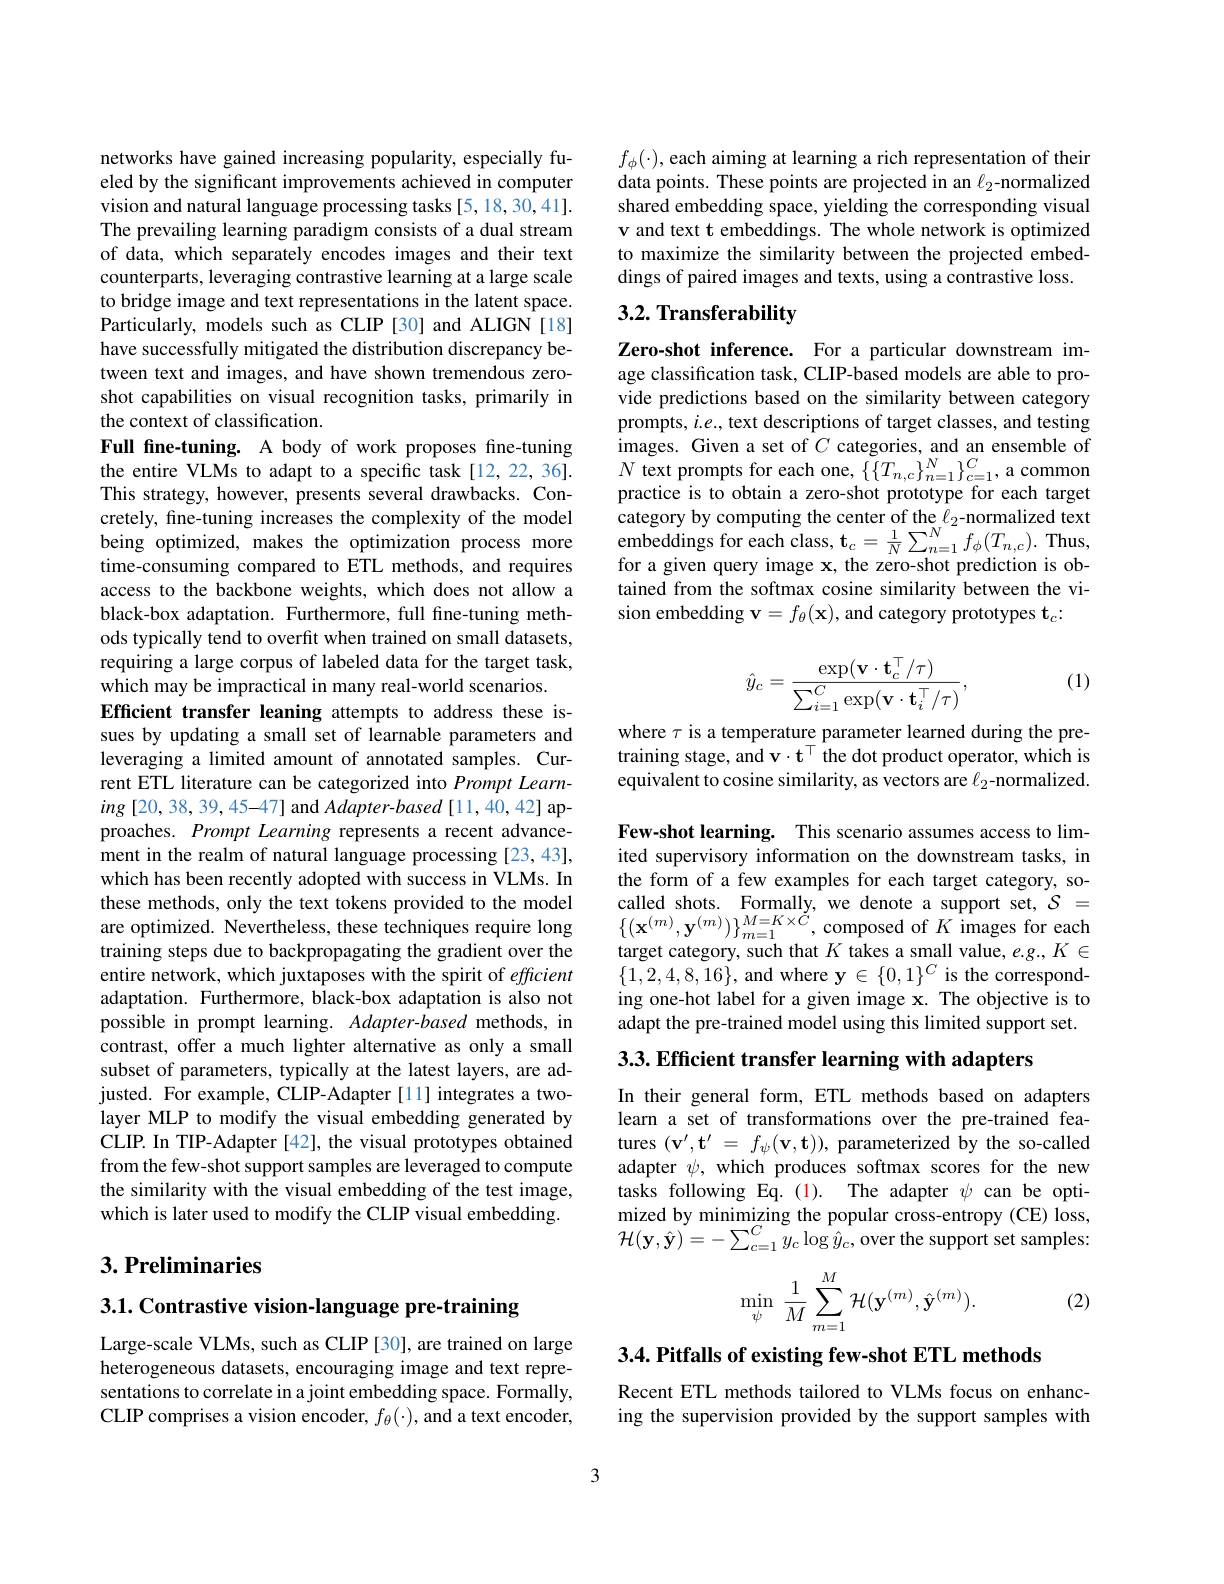
networks have gained increasing popularity, especially fueled by the significant improvements achieved in computer vision and natural language processing tasks [5,18,30,41]. The prevailing learning paradigm consists of a dual stream of data, which separately encodes images and their text counterparts, leveraging contrastive learning at a large scale to bridge image and text representations in the latent space. Particularly, models such as CLIP [30] and ALIGN [18] have successfully mitigated the distribution discrepancy between text and images, and have shown tremendous zeroshot capabilities on visual recognition tasks, primarily in the context of classification.
Full fine-tuning. A body of work proposes fine-tuning the entire VLMs to adapt to a specific task[12,22,36]. This strategy, however, presents several drawbacks. Concretely, fine-tuning increases the complexity of the model being optimized, makes the optimization process more time-consuming compared to ETL methods, and requires access to the backbone weights, which does not allow a black-box adaptation. Furthermore, full fine-tuning methods typically tend to overfit when trained on small datasets, requiring a large corpus of labeled data for the target task, which may be impractical in many real-world scenarios.
Efficient transfer leaning attempts to address these issues by updating a small set of learnable parameters and leveraging a limited amount of annotated samples. Current ETL literature can be categorized into Prompt Learn- $ing\left[20,38,39,45-47\right]$and Adapter-based[11,40,42] approaches. Prompt Learning represents a recent advancement in the realm of natural language processing [23,43], which has been recently adopted with success in VLMs. In these methods, only the text tokens provided to the model are optimized. Nevertheless, these techniques require long training steps due to backpropagating the gradient over the entire network, which juxtaposes with the spirit of efficient adaptation. Furthermore, black-box adaptation is also not possible in prompt learning. Adapter-based methods, in contrast, offer a much lighter alternative as only a small subset of parameters, typically at the latest layers, are adjusted. For example, CLIP-Adapter[11] integrates a twolayer MLP to modify the visual embedding generated by CLIP. In TIP-Adapter [42], the visual prototypes obtained from the few-shot support samples are leveraged to compute the similarity with the visual embedding of the test image, which is later used to modify the CLIP visual embedding.

## $3. \textbf{Preliminaries}$

3.1. Contrastive vision-language pre-training

Large-scale VLMs, such as CLIP [30], are trained on large heterogeneous datasets, encouraging image and text representations to correlate in a joint embedding space. Formally, CLIP comprises a vision encoder, $f_\theta(\cdot)$, and a text encoder,

$f_\phi(\cdot)$, each aiming at learning a rich representation of their data points. These points are projected in an $\ell_2$-normalized shared embedding space, yielding the corresponding visual v and text t embeddings. The whole network is optimized to maximize the similarity between the projected embeddings of paired images and texts, using a contrastive loss.

## 3.2. Transferability

Zero-shot inference. For a particular downstream image classification task, CLIP-based models are able to provide predictions based on the similarity between category prompts, $i.e.$, text descriptions of target classes, and testing images. Given a set of $C$ categories, and an ensemble of $N$ text prompts for each one, $\{\{T_{n,c}\}_{n=1}^{N}\}_{c=1}^{C}$, a common practice is to obtain a zero-shot prototype for each target category by computing the center of the $\ell_2$-normalized text embeddings for each class, $\mathbf{t}_{c}=\frac{1}{N}\sum_{n=1}^{N}f_{\phi}(T_{n,c}).$ Thus, for a given query image x, the zero-shot prediction is obtained from the softmax cosine similarity between the vision embedding $\mathbf{v}=f_\theta(\mathbf{x})$, and category prototypes t$_c:$

(1)
$$\hat{y}_{c}=\frac{\exp(\mathbf{v}\cdot\mathbf{t}_{c}^{\top}/\tau)}{\sum_{i=1}^{C}\exp(\mathbf{v}\cdot\mathbf{t}_{i}^{\top}/\tau)},$$
where $\tau$ is a temperature parameter learned during the pretraining stage, and $\mathbf{v}\cdot\mathbf{t}^{\top}$ the dot product operator, which is equivalent to cosine similarity, as vectors are $\ell_2$-normalized.

Few-shot learning. This scenario assumes access to limited supervisory information on the downstream tasks, in the form of a few examples for each target category, socalled shots. Formally, we denote a support set, $\mathcal{S}=$ $\left\{(\mathbf{x}^{(m)},\mathbf{y}^{(m)})\right\}_{m=1}^{M=K\times\tilde{C}}$,composed of $K$ images for each target category, such that $K$ takes a small value, e.g., $K\in$ $\{1,2,4,8,16\}$, and where $\mathbf{y}\in\{0,1\}^C$ is the corresponding one-hot label for a given image x. The objective is to adapt the pre-trained model using this limited support set.

3.3. Efficient transfer learning with adapters

In their general form, ETL methods based on adapters learn a set of transformations over the pre-trained features $(\mathbf{v}^{\prime},\mathbf{t}^{\prime}=f_\psi(\mathbf{v},\mathbf{t}))$, parameterized by the so-called adapter $\psi$, which produces softmax scores for the new tasks following Eq.(1). The adapter $\psi$ can be optimized by minimizing the popular cross-entropy (CE) loss, ${\mathcal H}(\mathbf{y},\hat{\mathbf{y}})=-\sum_{c=1}^{C}y_{c}\log\hat{y}_{c}$,over the support set samples:
$$\min\limits_{\psi}\:\dfrac{1}{M}\sum\limits_{m=1}^{M}\mathcal{H}(\mathbf{y}^{(m)},\hat{\mathbf{y}}^{(m)}).$$
(2)

3.4. Pitfalls of existing few-shot ETL methods

Recent ETL methods tailored to VLMs focus on enhancing the supervision provided by the support samples with

3